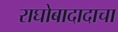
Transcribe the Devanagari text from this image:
राघोबादादाचा